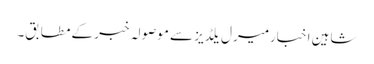
شاہین اخبارمیرل یلڈیز سے موصولہ خبر کے مطابق۔